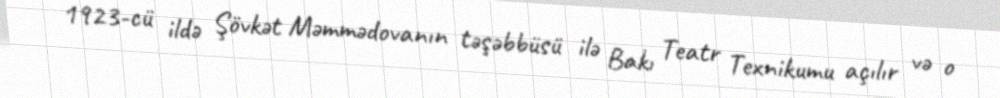
1923-cü ildə Şövkət Məmmədovanın təşəbbüsü ilə Bakı Teatr Texnikumu açılır və o